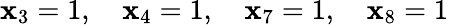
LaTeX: \mathbf{x}_{3}=1,\quad\mathbf{x}_{4}=1,\quad\mathbf{x}_{7}=1,\quad\mathbf{x}_{8}=1